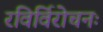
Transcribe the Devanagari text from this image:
रविर्विरोचनः